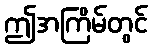
ဤအကြိမ်တွင်